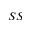
S S